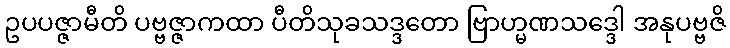
ဥပပဇ္ဇာမီတိ ပဗ္ဗဇ္ဇာကထာ ပီတိသုခသဒ္ဒတော ဗြာဟ္မဏသဒ္ဒေါ အနုပဗ္ဗဇိ